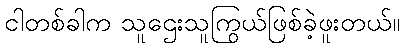
ငါတစ်ခါက သူဌေးသူကြွယ်ဖြစ်ခဲ့ဖူးတယ်။